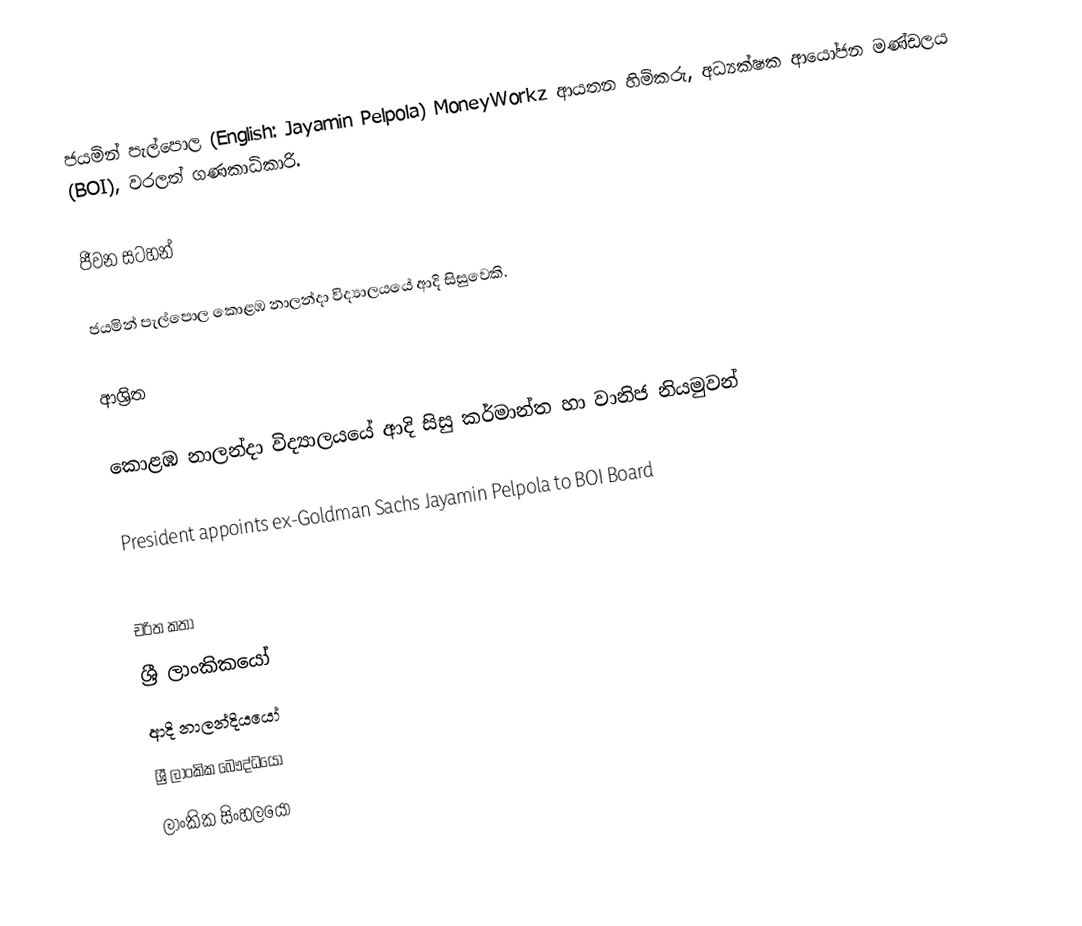
ජයමින් පැල්පොල (English: Jayamin Pelpola) MoneyWorkz ආයතන හිමිකරු, අධ්‍යක්ෂක ආයෝජන මණ්ඩලය (BOI), වරලත් ගණකාධිකාරි.

ජීවන සටහන්

ජයමින් පැල්පොල  කොළඹ නාලන්දා විද්‍යාලයයේ ආදි සිසුවෙකි.

ආශ්‍රිත

 කොළඹ නාලන්දා විද්‍යාලයයේ ආදි සිසු කර්මාන්ත හා වානිජ නියමුවන්

 President appoints ex-Goldman Sachs Jayamin Pelpola to BOI Board

චරිත කතා
ශ්‍රී ලාංකිකයෝ
ආදි නාලන්දියයෝ
ශ්‍රී ලාංකික බෞද්ධයෝ
ලාංකික සිංහලයෝ